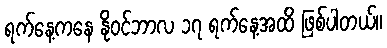
ရက်နေ့ကနေ နိုဝင်ဘာလ ၁၇ ရက်နေ့အထိ ဖြစ်ပါတယ်။